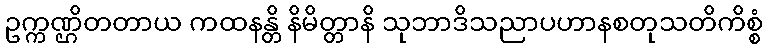
ဥက္ကဏ္ဌိတတာယ ကထနန္တိ နိမိတ္တာနိ သုဘာဒိသညာပဟာနစတုသတိကိစ္စံ